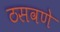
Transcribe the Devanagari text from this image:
ठसवणे